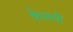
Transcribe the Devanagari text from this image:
केसची